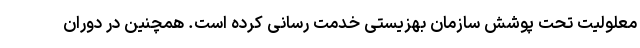
معلولیت تحت پوشش سازمان بهزیستی خدمت رسانی کرده است. همچنین در دوران